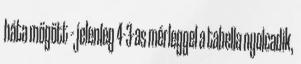
háta mögött – jelenleg 4-3-as mérleggel a tabella nyolcadik,